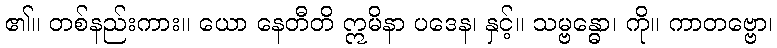
၏။ တစ်နည်းကား။ ယော နေတီတိ ဣမိနာ ပဒေန၊ နှင့်။ သမ္ဗန္ဓော၊ ကို။ ကာတဗ္ဗော၊